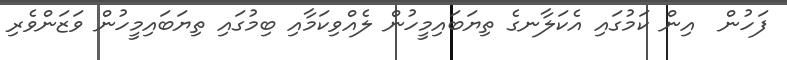
ފަހުން  އިން ކަމުގައި އެކަލާނގެ ތިޔަބައިމީހުން ލެއްވިކަމާއި ބިމުގައި ތިޔަބައިމީހުން ވަޒަންވެރި